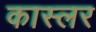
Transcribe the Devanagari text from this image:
कास्लर